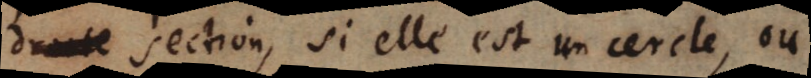
droite section, si elle est un cercle, ou